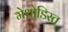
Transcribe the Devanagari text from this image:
मेथोडिस्त